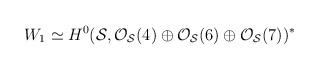
LaTeX: \begin{align*}W_1 \simeq H^{0}({\cal S}, {\cal O}_{{\cal S}}(4) \oplus{\cal O}_{{\cal S}}(6) \oplus {\cal O}_{{\cal S}}(7))^{*}\end{align*}